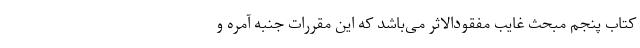
کتاب پنجم مبحث غایب مفقودالاثر می‌باشد که این مقررات جنبه آمره و